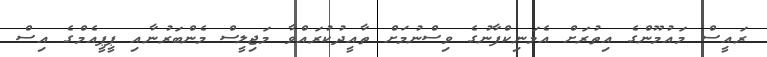
ރައީސް މައުމޫންގެ އިތުރަށް އެމަނިކްފާނުގެ ވިސްނުމަށް ތާއީދުކުރައްވާ މަޖިލީސް މެންބަރުނާއި ޕީޕީއެމްގެ އިސް